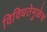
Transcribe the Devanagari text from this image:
विविधतेमुळेच